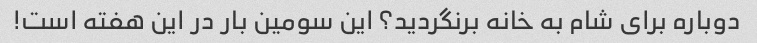
دوباره برای شام به خانه برنگردید؟ این سومین بار در این هفته است!